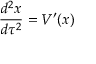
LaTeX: { \frac { d ^ { 2 } x } { d \tau ^ { 2 } } } = V ^ { \prime } ( x )